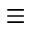
\equiv